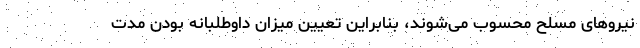
نیروهای مسلح محسوب می‌شوند، بنابراین تعیین میزان داوطلبانه بودن مدت